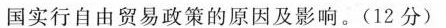
国实行自由贸易政策的原因及影响。(12分)